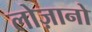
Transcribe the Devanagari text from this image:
लोज़ानो